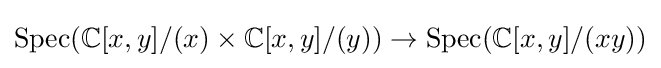
{\text{Spec}}(\mathbb {C} [x,y]/(x)\times \mathbb {C} [x,y]/(y))\to {\text{Spec}}(\mathbb {C} [x,y]/(xy))